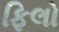
ફિલો